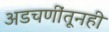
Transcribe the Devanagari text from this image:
अडचणींतूनही